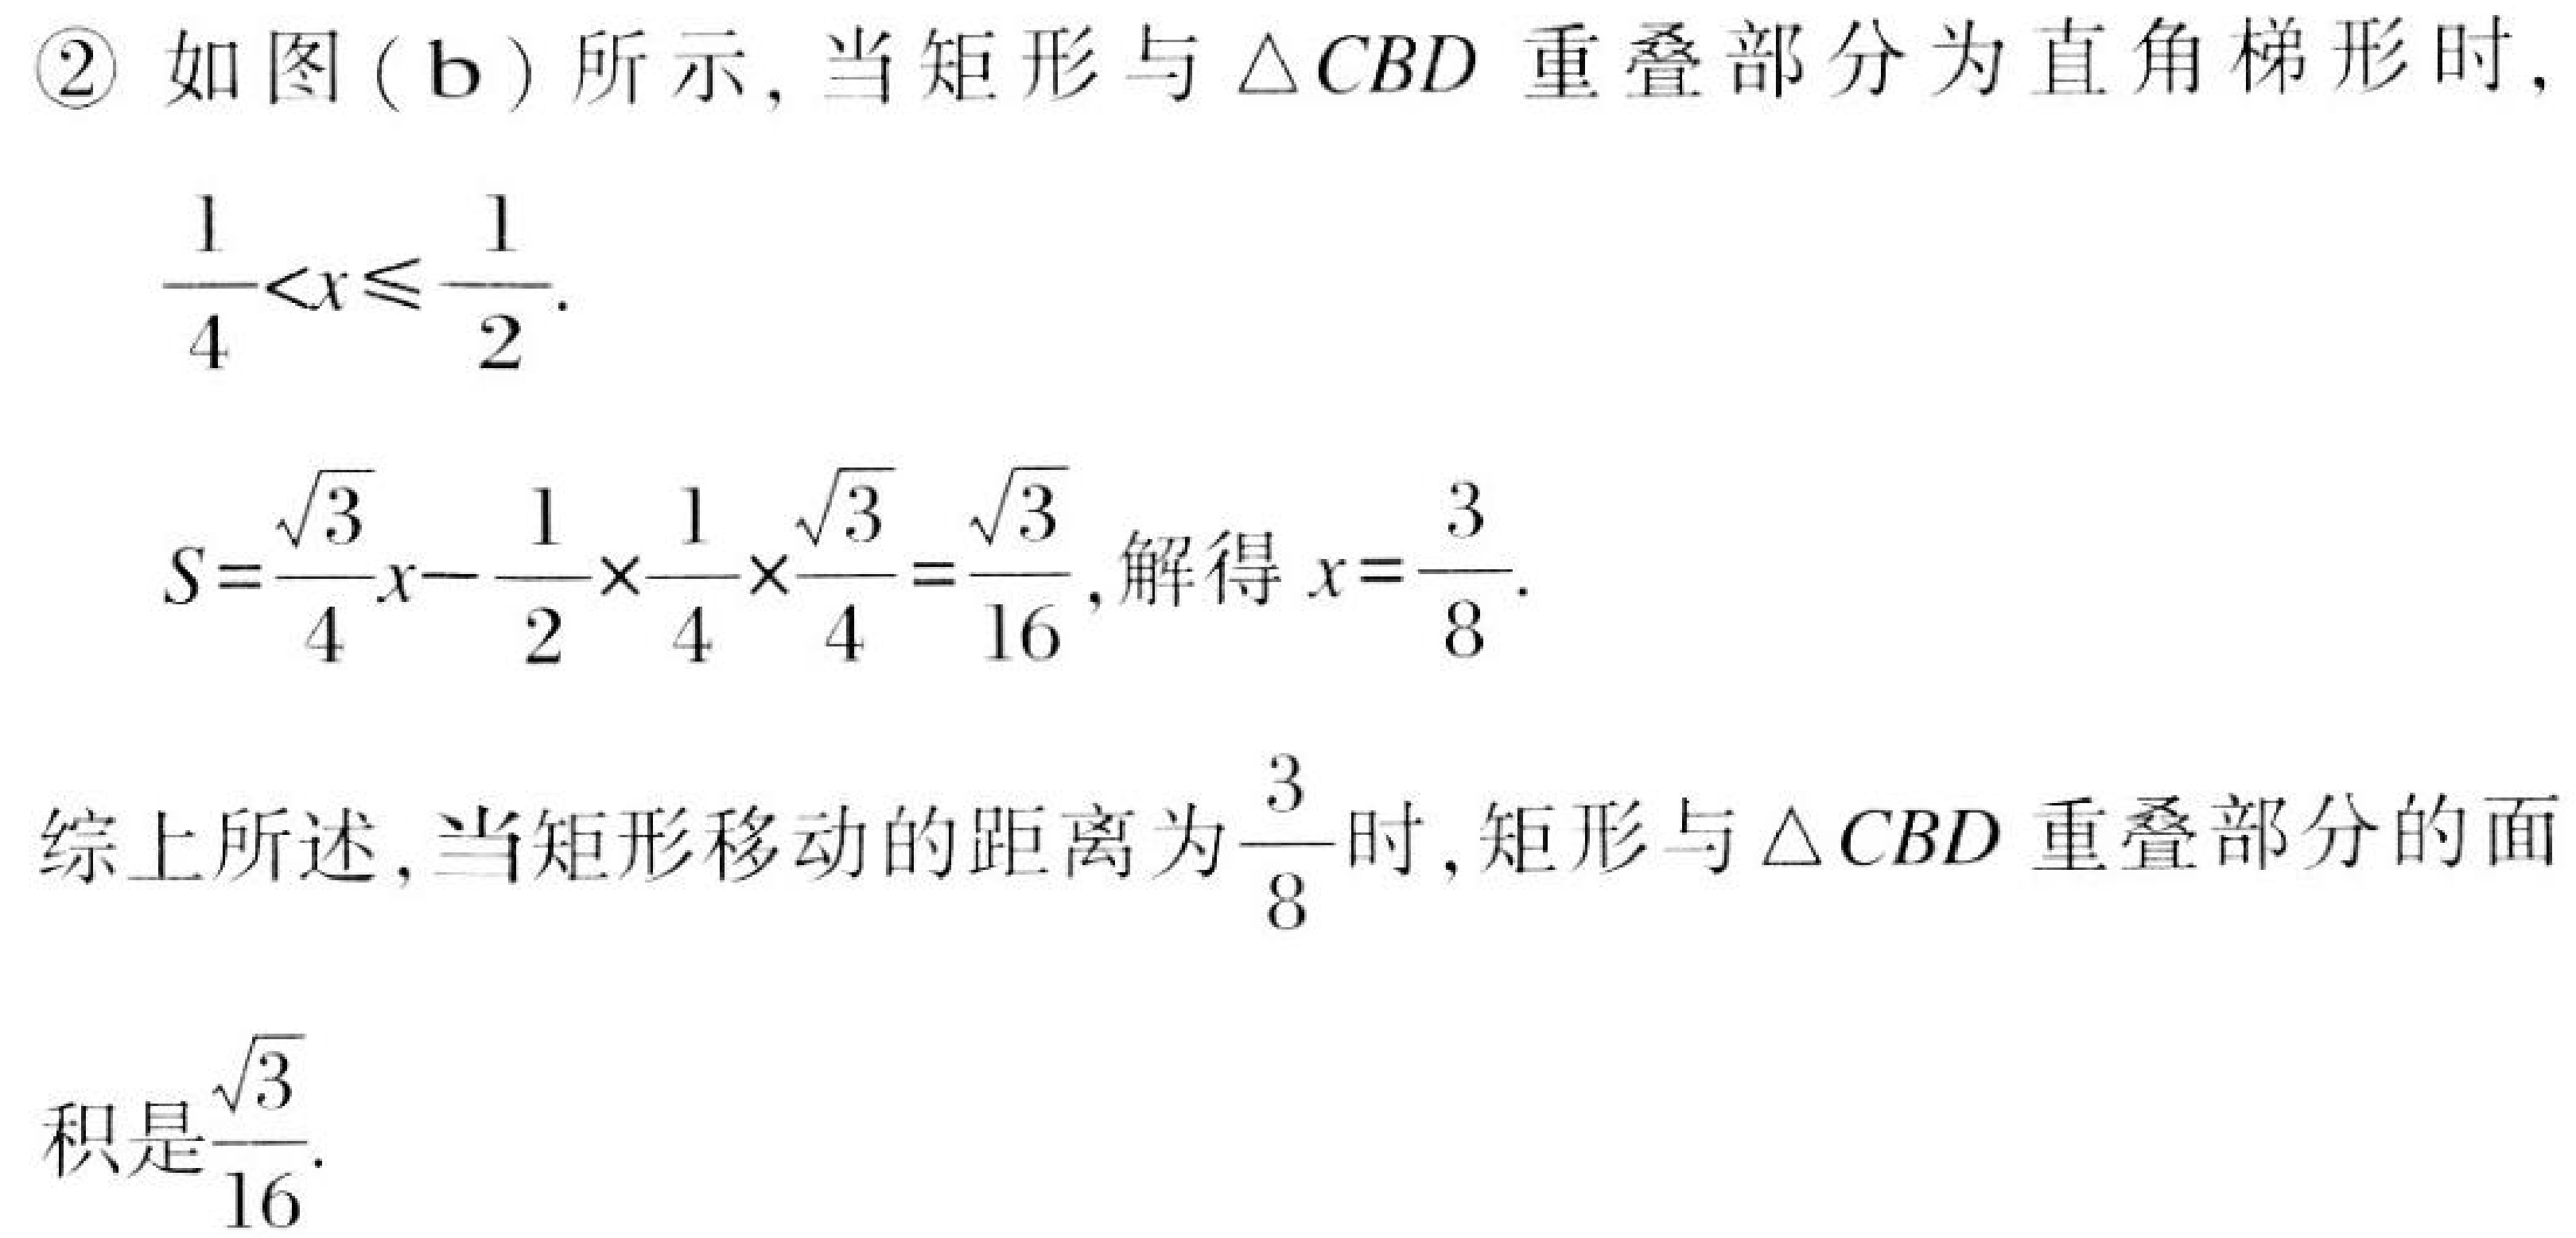
\textcircled{2} 如图（b）所示，当矩形与\(\triangle CBD\)重叠部分为直角梯形时，
\(\dfrac{1}{4}<x\leqslant\dfrac{1}{2}\).
\(S = \dfrac{\sqrt{3}}{4}x-\dfrac{1}{2}\times\dfrac{1}{4}\times\dfrac{\sqrt{3}}{4}=\dfrac{\sqrt{3}}{16}\)，解得\(x = \dfrac{3}{8}\).

综上所述，当矩形移动的距离为\(\dfrac{3}{8}\)时，矩形与\(\triangle CBD\)重叠部分的面
积是\(\dfrac{\sqrt{3}}{16}\).